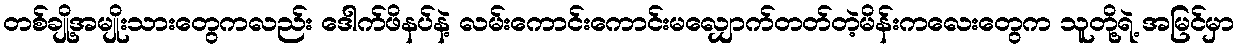
တစ်ချို့အမျိုးသားတွေကလည်း ဒေါက်ဖိနပ်နဲ့ လမ်းကောင်းကောင်းမလျှောက်တတ်တဲ့မိန်းကလေးတွေက သူတို့ရဲ့ အမြင်မှာ